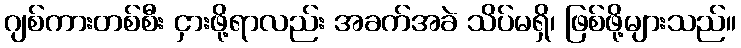
ဂျစ်ကားတစ်စီး ငှားဖို့ရာလည်း အခက်အခဲ သိပ်မရှိ၊ ဖြစ်ဖို့များသည်။